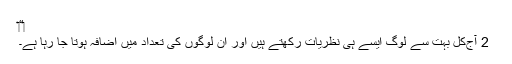
‏“‏
2 آج‌کل بہت سے لوگ ایسے ہی نظریات رکھتے ہیں اور اِن لوگوں کی تعداد میں اِضافہ ہوتا جا رہا ہے۔